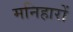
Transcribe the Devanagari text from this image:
मनिहारों